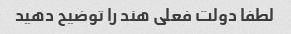
لطفا دولت فعلی هند را توضیح دهید